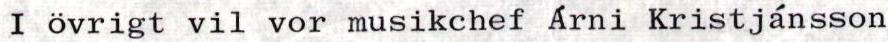
I övrigt vil vor musikchef Árni Kristjánsson